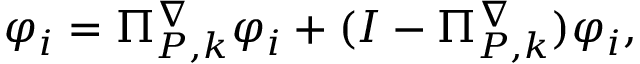
\begin{array} { r } { \varphi _ { i } = \Pi _ { { P } , k } ^ { \nabla } \varphi _ { i } + ( I - \Pi _ { { P } , k } ^ { \nabla } ) \varphi _ { i } , } \end{array}